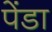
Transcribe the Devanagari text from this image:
पेंडा